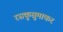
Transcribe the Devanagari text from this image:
रसकुसुमाकर